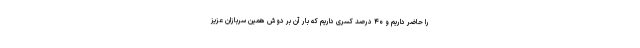
را حاضر داریم و ۴۰ درصد کسری داریم که بار آن بر دوش همین سربازان عزیز